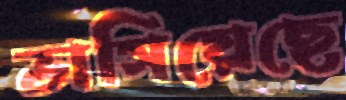
ভাসিয়েছে